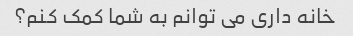
خانه داری می توانم به شما کمک کنم؟